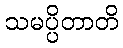
သမပ္ပိတာတိ